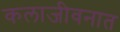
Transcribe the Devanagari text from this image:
कलाजीवनात